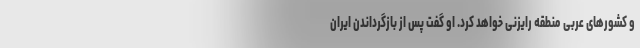
و کشورهای عربی منطقه رایزنی خواهد کرد. او گفت پس از بازگرداندن ایران